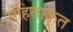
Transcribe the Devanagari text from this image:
संहिताकृत